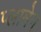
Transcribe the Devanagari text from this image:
प्लामेन